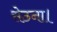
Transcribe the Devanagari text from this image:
सेठना।